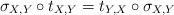
LaTeX: \begin{align*} \sigma_{X,Y}\circ t_{X,Y}=t_{Y,X}\circ\sigma_{X,Y}\end{align*}